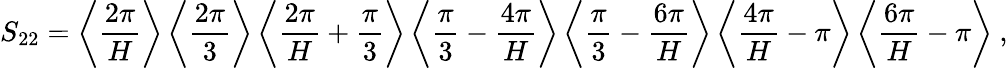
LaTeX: S_{22}=\left\langle\frac{2\pi}{H}\right\rangle\left\langle\frac{2\pi}{3}\right\rangle\left\langle\frac{2\pi}{H}+\frac{\pi}{3}\right\rangle\left\langle\frac{\pi}{3}-\frac{4\pi}{H}\right\rangle\left\langle\frac{\pi}{3}-\frac{6\pi}{H}\right\rangle\left\langle\frac{4\pi}{H}-\pi\right\rangle\left\langle\frac{6\pi}{H}-\pi\right\rangle\ ,